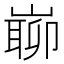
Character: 𡼅